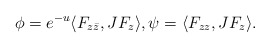
\begin{align*}\phi=e^{-u}\langle F_{z\bar z}, JF_z \rangle, \psi=\langle F_{zz}, JF_z \rangle.\end{align*}